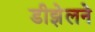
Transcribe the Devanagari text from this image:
डीझेलने